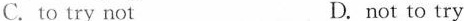
C. to try not D. not to try